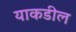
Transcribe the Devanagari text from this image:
याकडील